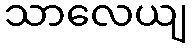
သာလေယျ